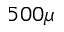
5 0 0 \mu